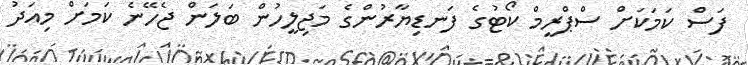
ފަސް ކަމަކަށް ސްޕްރީމް ކޯޓުގެ ފަނޑިޔާރުންގެ މަޖިލީހުން ބަލަން ޖެހޭނެ ކަމަށް މިއަދު